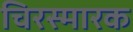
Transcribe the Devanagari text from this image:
चिरस्मारक